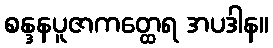
စန္ဒနပူဇာကတ္ထေရ အပဒါန။